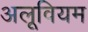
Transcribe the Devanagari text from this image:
अलूवियम